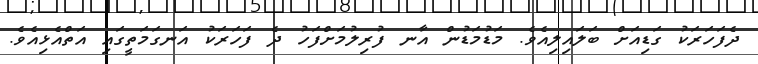
ދެފަހަރަކު ގަޑިއަށް ބަލައިލިއެވެ. މަޑުމަޑުން އާނ ފުރިލުމަށްފަހު ދެ ފަހަރަކު އަނގަމަތީގައި އަތްއެޅިއެވެ.